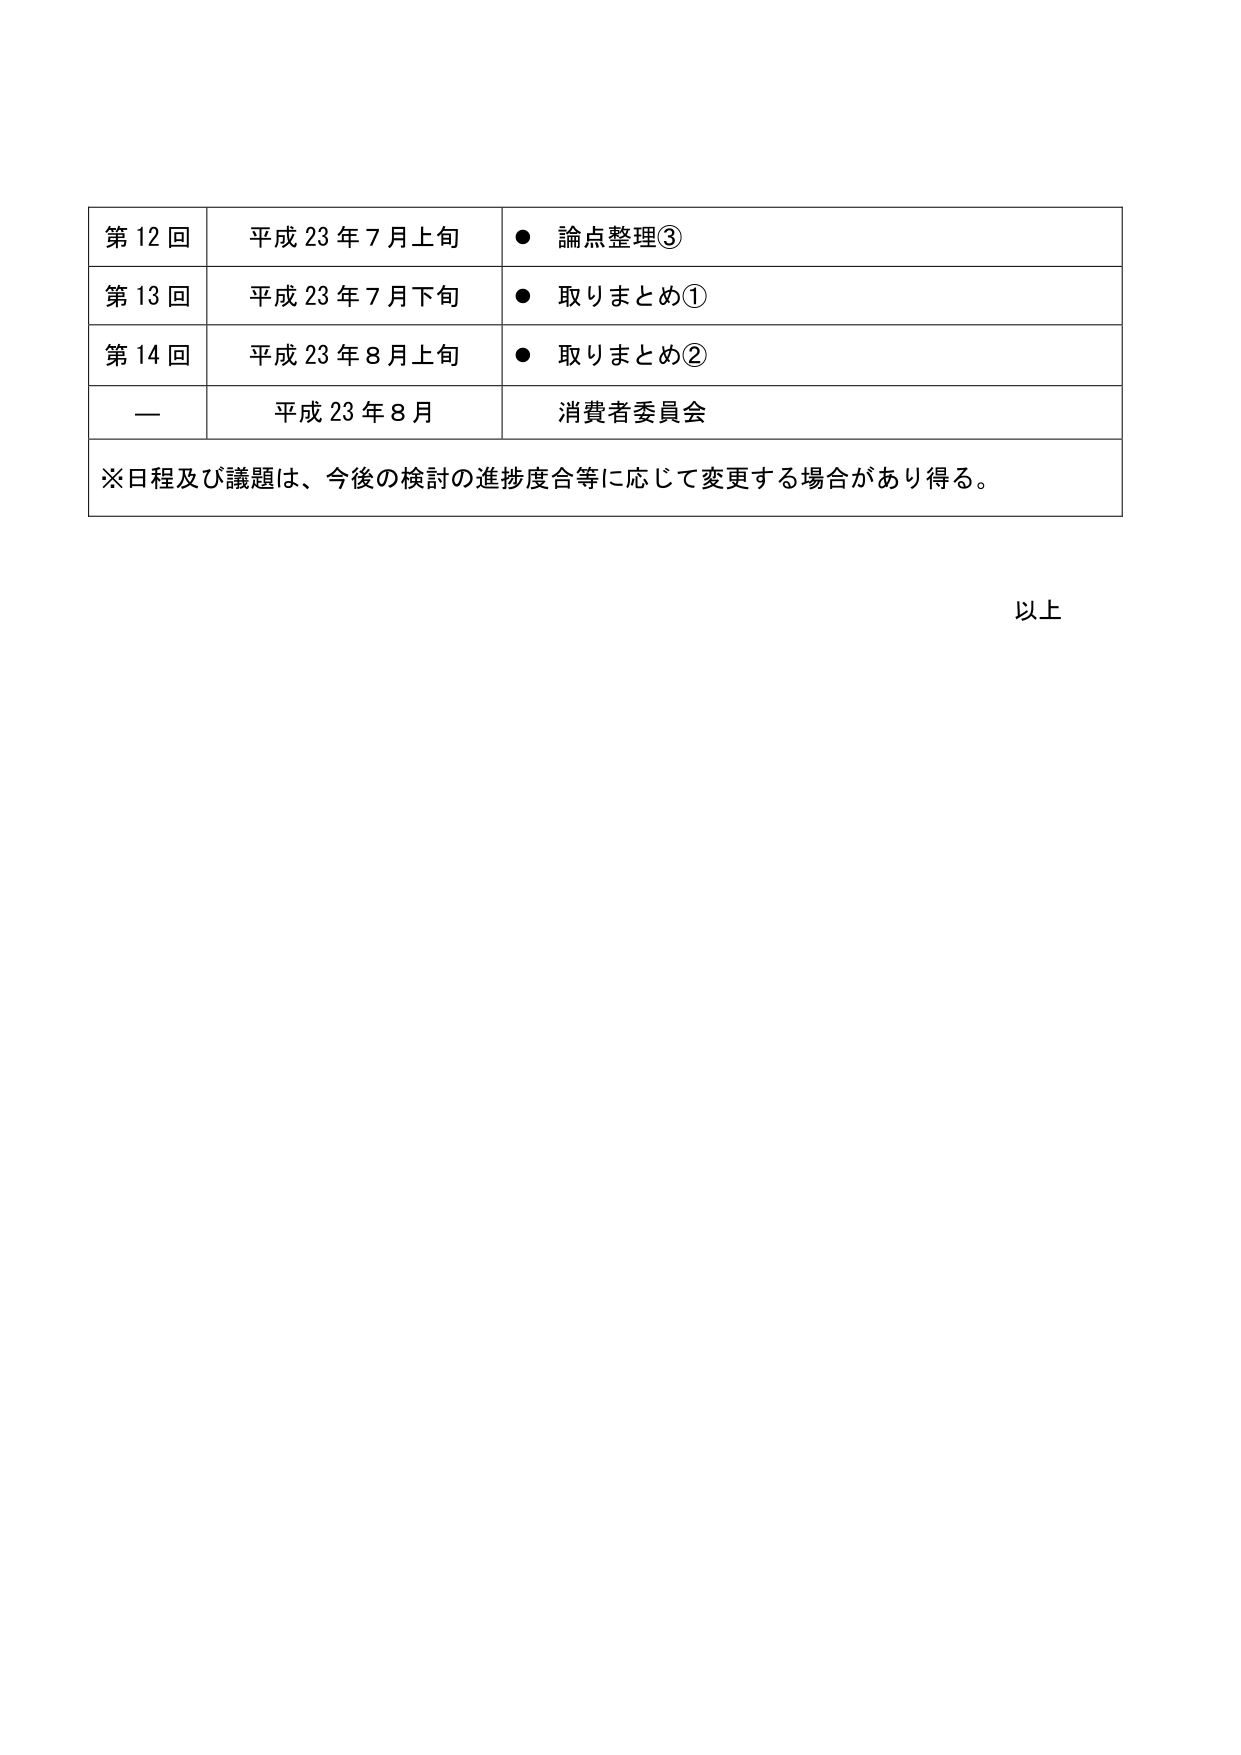
第12回 平成23年7月上旬 ● 論点整理③
第13回 平成23年7月下旬 ● 取りまとめ①
第14回 平成23年8月上旬 ● 取りまとめ②
— 平成23年8月 消費者委員会
※日程及び議題は、今後の検討の進捗度合等に応じて変更する場合があり得る。
以上